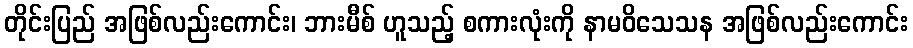
တိုင်းပြည် အဖြစ်လည်းကောင်း၊ ဘားမီစ် ဟူသည့် စကားလုံးကို နာမဝိသေသန အဖြစ်လည်းကောင်း